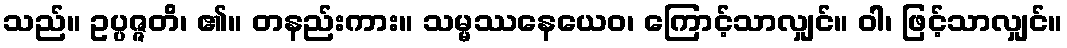
သည်။ ဥပ္ပဇ္ဇတိ၊ ၏။ တနည်းကား။ သမ္မဿနေယေဝ၊ ကြောင့်သာလျှင်။ ဝါ၊ ဖြင့်သာလျှင်။